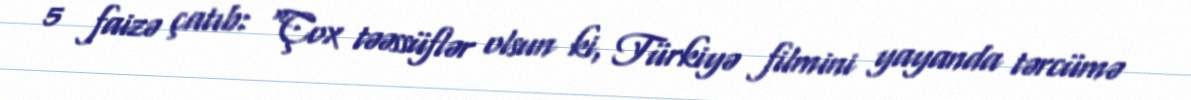
5 faizə çatıb: “Çox təəssüflər olsun ki, Türkiyə filmini yayanda tərcümə